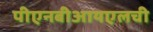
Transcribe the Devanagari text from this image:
पीएनबीआयएलची